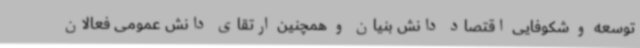
توسعه و شکوفایی اقتصاد دانش بنیان و همچنین ارتقای دانش عمومی فعالان